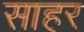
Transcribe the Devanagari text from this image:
साहर